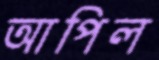
আপিল